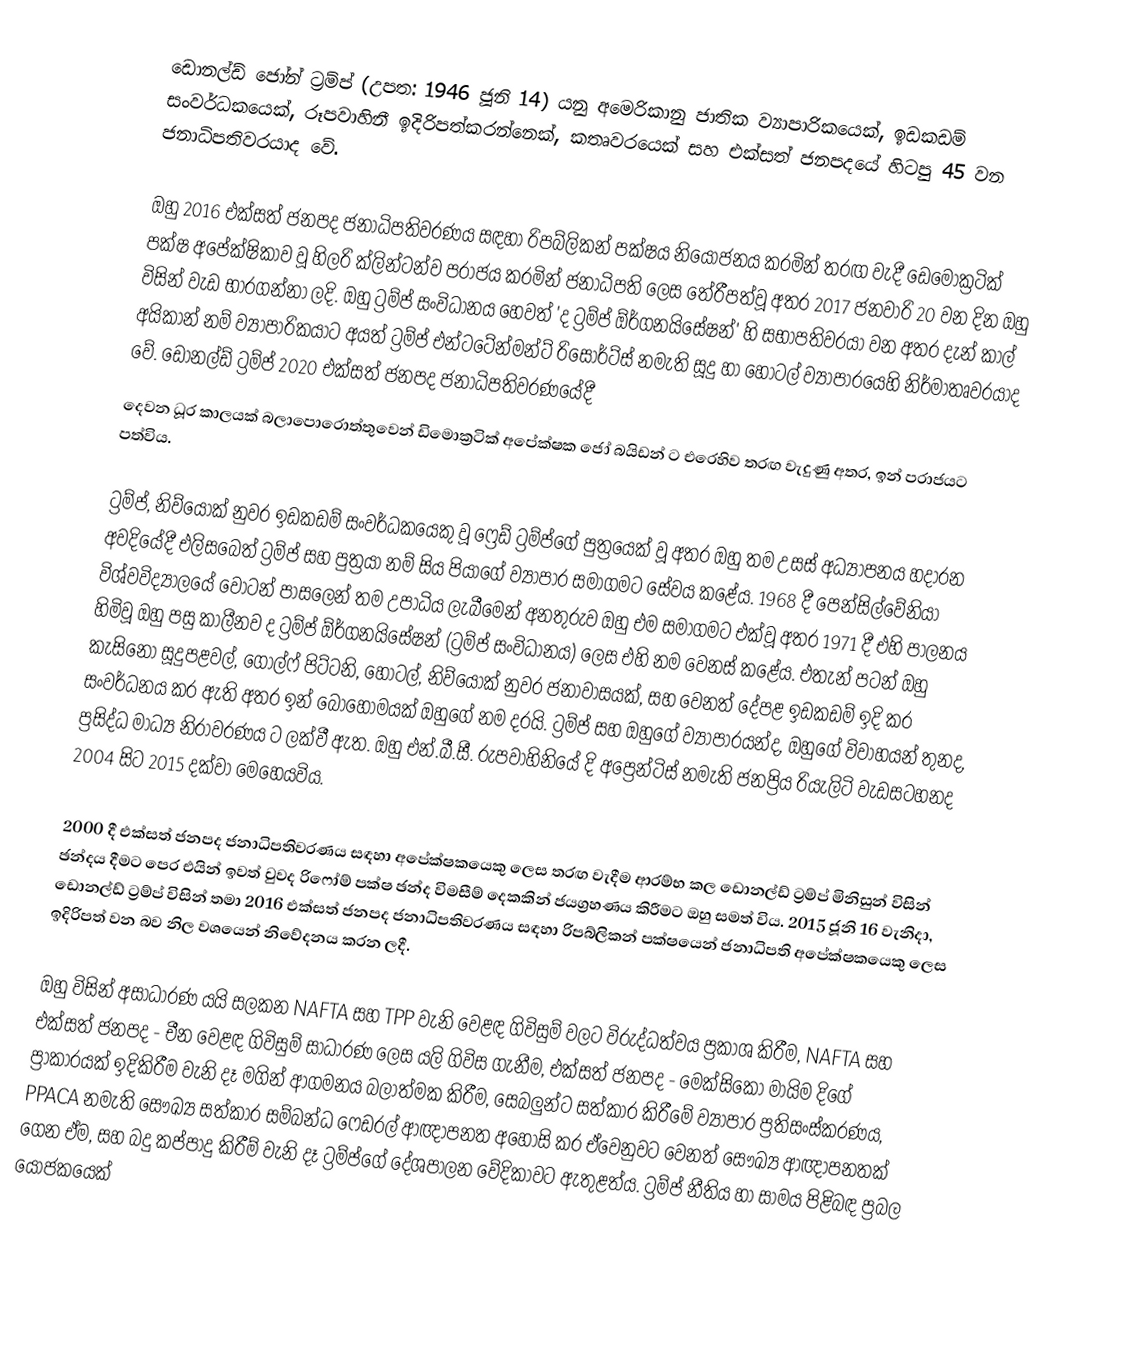
ඩොනල්ඩ් ජෝන් ට්‍රම්ප් (උපත: 1946 ජූනි 14) යනු අමෙරිකානු ජාතික ව්‍යාපාරිකයෙක්, ඉඩකඩම් සංවර්ධකයෙක්, රූපවාහිනී ඉදිරිපත්කරන්නෙක්, කතෘවරයෙක් සහ එක්සත් ජනපදයේ හිටපු 45 වන ජනාධිපතිවරයාද වේ.

ඔහු 2016 එක්සත් ජනපද ජනාධිපතිවරණය සඳහා රිපබ්ලිකන් පක්ෂය නියෝජනය කරමින් තරඟ වැදී ඩෙමොක්‍රටික් පක්ෂ අපේක්ෂිකාව වූ හිලරි ක්ලින්ටන්ව පරාජය කරමින් ජනාධිපති ලෙස තේරීපත්වූ අතර 2017 ජනවාරි 20 වන දින ඔහු විසින් වැඩ භාරගන්නා ලදි. ඔහු ට්‍රම්ප් සංවිධානය හෙවත් 'ද ට්‍රම්ප් ඕර්ගනයිසේෂන්' හි සභාපතිවරයා වන අතර දැන් කාල් අයිකාන් නම් ව්‍යාපාරිකයාට අයත් ට්‍රම්ප් එන්ටටේන්මන්ට් රිසොර්ට්ස් නමැති සූදු හා හෝටල් ව්‍යාපාරයෙහි නිර්මාතෘවරයාද වේ. ඩොනල්ඩ් ට්‍රම්ප් 2020 එක්සත් ජනපද ජනාධිපතිවරණයේදී
දෙවන ධූර කාලයක් බලාපොරොත්තුවෙන් ඩිමොක්‍රටික් අපේක්ෂක ජෝ බයිඩන් ට එරෙහිව තරඟ වැදුණු අතර, ඉන් පරාජයට පත්විය.

ට්‍රම්ප්, නිව්යෝක් නුවර ඉඩකඩම් සංවර්ධකයෙකු වූ ෆ්‍රෙඩ් ට්‍රම්ප්ගේ පුත්‍රයෙක් වූ අතර ඔහු තම උසස් අධ්‍යාපනය හදාරන අවදියේදී එලිසබෙත් ට්‍රම්ප් සහ පුත්‍රයා නම් සිය පියාගේ ව්‍යාපාර සමාගමට සේවය කළේය. 1968 දී පෙන්සිල්වේනියා විශ්වවිද්‍යාලයේ වෝටන් පාසලෙන් තම උපාධිය ලැබීමෙන් අනතුරුව ඔහු එම සමාගමට එක්වූ අතර 1971 දී එහි පාලනය හිමිවූ ඔහු පසු කාලීනව ද ට්‍රම්ප් ඕර්ගනයිසේෂන් (ට්‍රම්ප් සංවිධානය) ලෙස එහි නම වෙනස් කළේය. එතැන් පටන් ඔහු කැසිනෝ සූදුපළවල්, ගොල්ෆ් පිට්ටනි, හෝටල්, නිව්යෝක් නුවර ජනාවාසයක්, සහ වෙනත් දේපළ ඉඩකඩම් ඉදි කර සංවර්ධනය කර ඇති අතර ඉන් බොහොමයක් ඔහුගේ නම දරයි. ට්‍රම්ප් සහ ඔහුගේ ව්‍යාපාරයන්ද, ඔහුගේ විවාහයන් තුනද, ප්‍රසිද්ධ මාධ්‍ය නිරාවරණය ට ලක්වී ඇත. ඔහු එන්.බී.සී. රුපවාහිනියේ දි අප්‍රෙන්ටිස් නමැති ජනප්‍රිය රියැලිටි වැඩසටහනද 2004 සිට 2015 දක්වා මෙහෙයවිය.

2000 දී එක්සත් ජනපද ජනාධිපතිවරණය සඳහා අපේක්ෂකයෙකු ලෙස තරඟ වැදීම ආරම්භ කල ඩොනල්ඩ් ට්‍රම්ප් මිනිසුන් විසින් ඡන්දය දීමට පෙර එයින් ඉවත් වුවද රිෆෝම් පක්ෂ ඡන්ද විමසීම් දෙකකින් ජයග්‍රහණය කිරීමට ඔහු සමත් විය. 2015 ජූනි 16 වැනිදා, ඩොනල්ඩ් ට්‍රම්ප් විසින් තමා 2016 එක්සත් ජනපද ජනාධිපතිවරණය සඳහා රිපබ්ලිකන් පක්ෂයෙන් ජනාධිපති අපේක්ෂකයෙකු ලෙස ඉදිරිපත් වන බව නිල වශයෙන් නිවේදනය කරන ලදී.

ඔහු විසින් අසාධාරණ යයි සලකන NAFTA සහ TPP වැනි වෙළඳ ගිවිසුම් වලට විරුද්ධත්වය ප්‍රකාශ කිරීම, NAFTA සහ එක්සත් ජනපද - චීන වෙළඳ ගිවිසුම් සාධාරණ ලෙස යලි ගිවිස ගැනීම, එක්සත් ජනපද - මෙක්සිකෝ මායිම දිගේ ප්‍රාකාරයක් ඉදිකිරීම වැනි දෑ මගින් ආගමනය බලාත්මක කිරීම, සෙබලුන්ට සත්කාර කිරීමේ ව්‍යාපාර ප්‍රතිසංස්කරණය, PPACA නමැති සෞඛ්‍ය සත්කාර සම්බන්ධ ෆෙඩරල් ආඥාපනත අහෝසි කර ඒවෙනුවට වෙනත් සෞඛ්‍ය ආඥාපනතක් ගෙන ඒම, සහ බදු කප්පාදු කිරීම් වැනි දෑ ට්‍රම්ප්ගේ දේශපාලන වේදිකාවට ඇතුළත්ය. ට්‍රම්ප් නීතිය හා සාමය පිළිබඳ ප්‍රබල යෝජකයෙක්